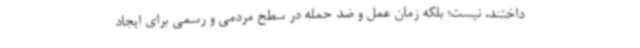
داختند، نیست؛ بلکه زمان عمل و ضد حمله در سطح مردمی و رسمی برای ایجاد